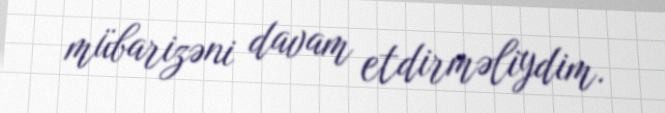
mübarizəni davam etdirməliydim.